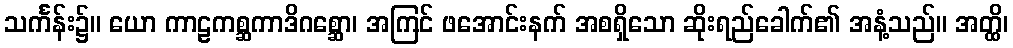
သင်္ကန်း၌။ ယော ကာဠကစ္ဆကာဒိဂစ္ဆော၊ အကြင် ဖအောင်းနက် အစရှိသော ဆိုးရည်ခေါက်၏ အနံ့သည်။ အတ္ထိ၊